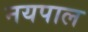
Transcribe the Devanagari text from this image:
नयपाल